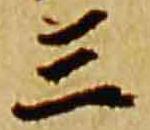
三